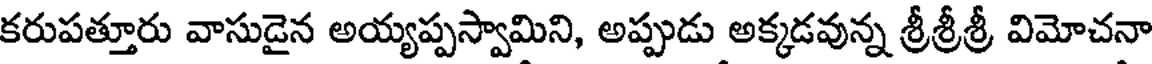
కరుపత్తూరు వాసుడైన అయ్యప్పస్వామిని, అప్పుడు అక్కడవున్న శ్రీశ్రీశ్రీ విమోచనా